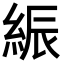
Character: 𦁄